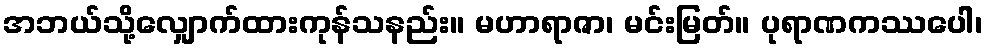
အဘယ်သို့လျှောက်ထားကုန်သနည်း။ မဟာရာဇာ၊ မင်းမြတ်။ ပုရာဏကဿပေါ၊